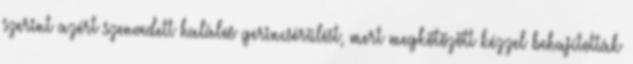
szerint azért szenvedett halálos gerincsérülést, mert megkötözött kézzel behajították